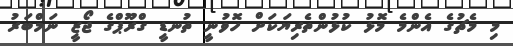
މި މެޗުގެ އެންމެ މޮޅު ކުޅުންތެރިޔަކަށް ހޮވުނީ ތުނޑީ ގްރޫޕްގެ ޖޯޒީ ނަމްބަރު